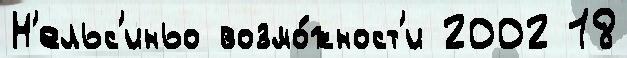
Н'ельс'иньо возмо́жност'и 2002 18